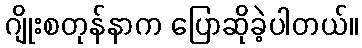
ဂျိုးစတုန်နာက ပြောဆိုခဲ့ပါတယ်။